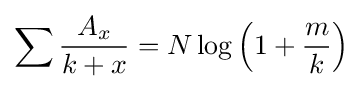
\sum {\frac {A_{x}}{k+x}}=N\log \left(1+{\frac {m}{k}}\right)